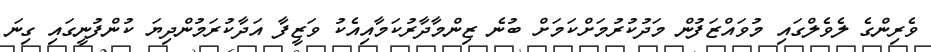
ވެރިންގެ ލެވެލްގައި މުވައްޒަފުން މަދުކުރުމަށްކަމަށް ބުނެ ޒިންމާދާރުކަމާއިއެކު ވަޒީފާ އަދާކުރަމުންދިޔަ ކުންފުނީގައި ގިނަ